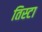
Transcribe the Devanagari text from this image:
तिस्टा